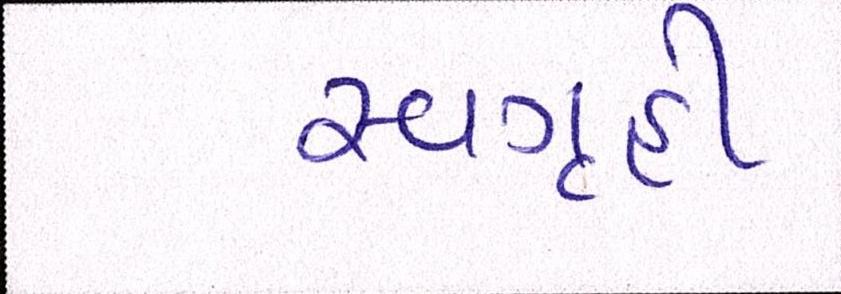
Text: સ્વગૃહી